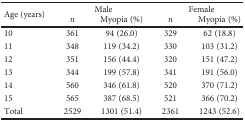
| <ROWSPAN=2> Age (years) | <COLSPAN=2> Male | <COLSPAN=2> Female |
 | n | Myopia (%) | n | Myopia (%) |
 | --- | --- | --- | --- | --- |
 | 10 | 361 | 94 (26.0) | 329 | 62 (18.8) |
 | 11 | 348 | 119 (34.2) | 330 | 103 (31.2) |
 | 12 | 351 | 156 (44.4) | 320 | 151 (47.2) |
 | 13 | 344 | 199 (57.8) | 341 | 191 (56.0) |
 | 14 | 560 | 346 (61.8) | 520 | 370 (71.2) |
 | 15 | 565 | 387 (68.5) | 521 | 366 (70.2) |
 | Total | 2529 | 1301 (51.4) | 2361 | 1243 (52.6) |